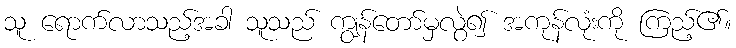
သူ ရောက်လာသည့်အခါ သူသည် ကျွန်တော်မှလွဲ၍ အကုန်လုံးကို ကြည့်၏။